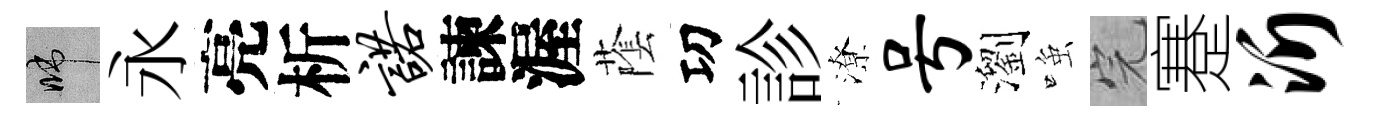
啼永亮析诺諫渥䕃㓛診潦号瀏𫪻完蹇沂